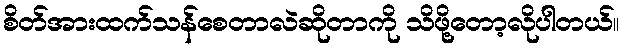
စိတ်အားထက်သန်စေတာလဲဆိုတာကို သိဖို့တော့လိုပါတယ်။